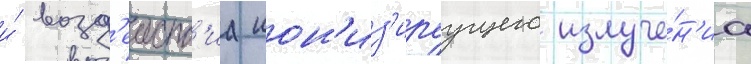
и́ возд'еиств'иа ион'из'ируущего излуче́н'иа